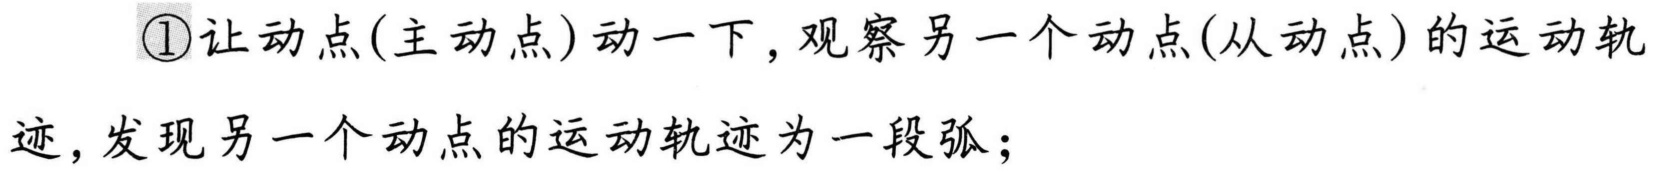
\textcircled{1}让动点(主动点)动一下, 观察另一个动点(从动点)的运动轨
迹, 发现另一个动点的运动轨迹为一段弧；